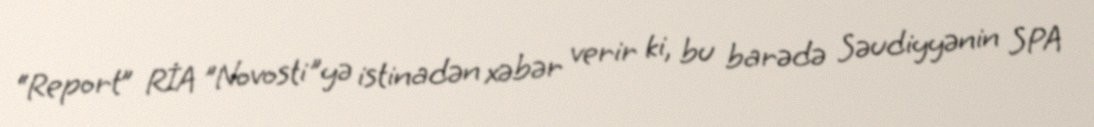
“Report” RİA "Novosti"yə istinadən xəbər verir ki, bu barədə Səudiyyənin SPA